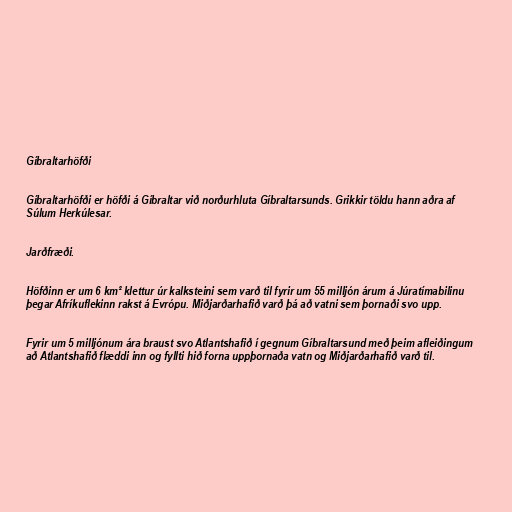
Gíbraltarhöfði

Gíbraltarhöfði er höfði á Gíbraltar við norðurhluta Gíbraltarsunds. Grikkir töldu hann aðra af
Súlum Herkúlesar.

Jarðfræði.

Höfðinn er um 6 km² klettur úr kalksteini sem varð til fyrir um 55 milljón árum á Júratímabilinu
þegar Afríkuflekinn rakst á Evrópu. Miðjarðarhafið varð þá að vatni sem þornaði svo upp.

Fyrir um 5 milljónum ára braust svo Atlantshafið í gegnum Gíbraltarsund með þeim afleiðingum
að Atlantshafið flæddi inn og fyllti hið forna uppþornaða vatn og Miðjarðarhafið varð til.